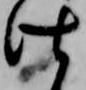
仕